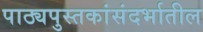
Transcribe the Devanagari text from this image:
पाठ्यपुस्तकांसंदर्भातील